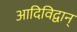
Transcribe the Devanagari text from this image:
आदिविद्वान्‌